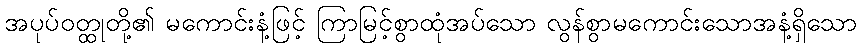
အပုပ်ဝတ္ထုတို့၏ မကောင်းနံ့ဖြင့် ကြာမြင့်စွာထုံအပ်သော လွန်စွာမကောင်းသောအနံ့ရှိသော